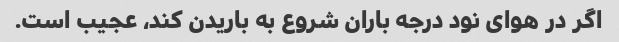
اگر در هوای نود درجه باران شروع به باریدن کند، عجیب است.